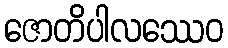
ဇောတိပါလဿေဝ